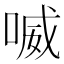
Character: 喴